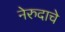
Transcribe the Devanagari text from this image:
नेरुदाचे